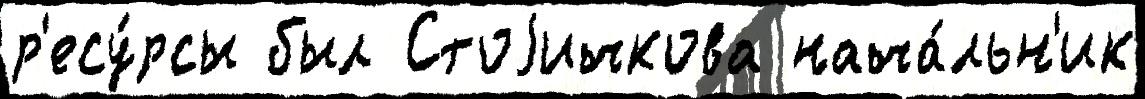
р'есу́рсы был Стоjичкова нача́льн'ик